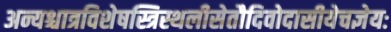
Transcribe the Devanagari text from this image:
अन्यश्चात्रविशेषस्त्रिस्थलीसेतौदिवोदासीयेचज्ञेयः